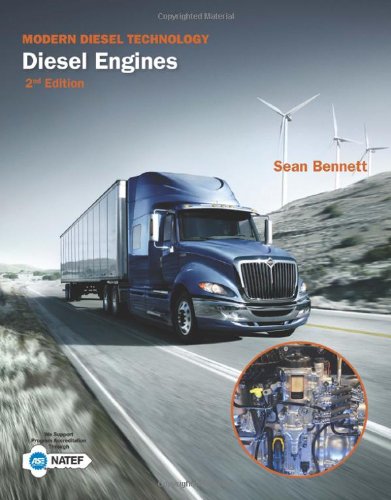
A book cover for Modern Diesel Technology: Diesel Engines; Sean Bennett; Engineering & Transportation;